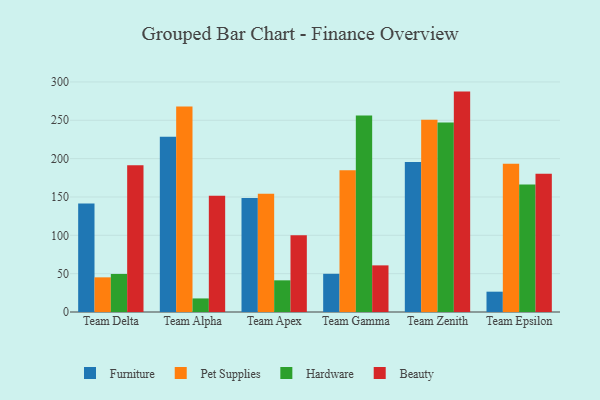
{"axis": {"x": "Team", "y": "Waste Production (Tons)"}, "legend": ["Beauty", "Furniture", "Hardware", "Pet Supplies"], "data": [{"x": "Team Delta", "y": 141.6, "type": "Furniture"}, {"x": "Team Delta", "y": 45.2, "type": "Pet Supplies"}, {"x": "Team Delta", "y": 49.6, "type": "Hardware"}, {"x": "Team Delta", "y": 191.3, "type": "Beauty"}, {"x": "Team Alpha", "y": 228.4, "type": "Furniture"}, {"x": "Team Alpha", "y": 267.9, "type": "Pet Supplies"}, {"x": "Team Alpha", "y": 17.7, "type": "Hardware"}, {"x": "Team Alpha", "y": 151.7, "type": "Beauty"}, {"x": "Team Apex", "y": 148.7, "type": "Furniture"}, {"x": "Team Apex", "y": 154.1, "type": "Pet Supplies"}, {"x": "Team Apex", "y": 41.3, "type": "Hardware"}, {"x": "Team Apex", "y": 100.2, "type": "Beauty"}, {"x": "Team Gamma", "y": 49.8, "type": "Furniture"}, {"x": "Team Gamma", "y": 184.9, "type": "Pet Supplies"}, {"x": "Team Gamma", "y": 256.3, "type": "Hardware"}, {"x": "Team Gamma", "y": 60.8, "type": "Beauty"}, {"x": "Team Zenith", "y": 195.7, "type": "Furniture"}, {"x": "Team Zenith", "y": 250.6, "type": "Pet Supplies"}, {"x": "Team Zenith", "y": 247.0, "type": "Hardware"}, {"x": "Team Zenith", "y": 287.4, "type": "Beauty"}, {"x": "Team Epsilon", "y": 26.5, "type": "Furniture"}, {"x": "Team Epsilon", "y": 193.2, "type": "Pet Supplies"}, {"x": "Team Epsilon", "y": 166.2, "type": "Hardware"}, {"x": "Team Epsilon", "y": 180.4, "type": "Beauty"}]}